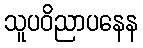
သူပဝိညာပနေန